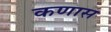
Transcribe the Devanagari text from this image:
कणास